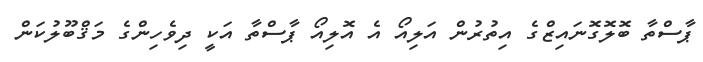
ޕާސްތާ ބޮލޮގޮނައިޒްގެ އިތުރުން އަލިއޯ އެ އޮލިއޯ ޕާސްތާ އަކީ ދިވެހިންގެ މަޤްބޫލުކަން